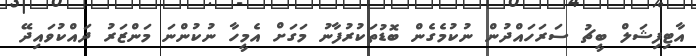
އާޓިފިޝަލް ބީޗު ސަރަހައްދުން ނުކުމެގެން ބޮޑުތަކުރުފާނު މަގަށް އެމީހާ ނުކުންނަ މަންޒަރު ދައްކުވައިދޭ